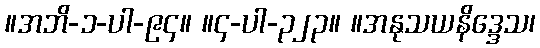
။အဘိ-၁-ပါ-၉၄။ ။၄-ပါ-၃၂၃။ ။အနုသယနိဒ္ဒေသ၊